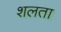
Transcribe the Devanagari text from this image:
शलता